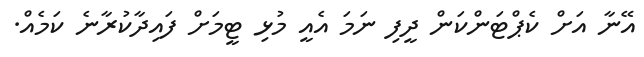
އޭނާ އަށް ކެޕްޓަންކަން ދީފި ނަމަ އެއީ މުޅި ޓީމަށް ފައިދާކުރާނެ ކަމެއް.